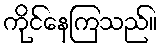
ကိုင်နေကြသည်။